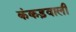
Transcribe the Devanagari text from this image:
कंकड़वाली